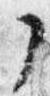
了